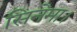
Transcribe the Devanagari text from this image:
सिनेमा।